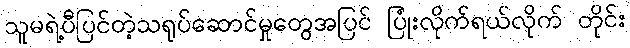
သူမရဲ့ပီပြင်တဲ့သရုပ်ဆောင်မှုတွေအပြင် ပြုံးလိုက်ရယ်လိုက် တိုင်း